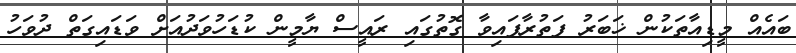
ބައެއް މީޑިއާތަކުން ޚަބަރު ފަތުރާފައިވާ ގޮތުގައި ރައީސް ޔާމީން ކުޑަހުވަދުއަށް ވަޑައިގަތް ދުވަހު